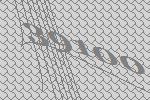
39100